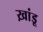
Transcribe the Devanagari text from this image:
ख़ांडू